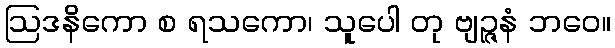
ဩဒနိကော စ ရသကော၊ သူပေါ တု ဗျဉ္ဇနံ ဘဝေ။